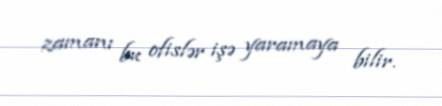
zamanı bu ofislər işə yaramaya bilir.